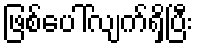
ဖြစ်ပေါ်လျက်ရှိပြီး